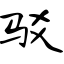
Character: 驳